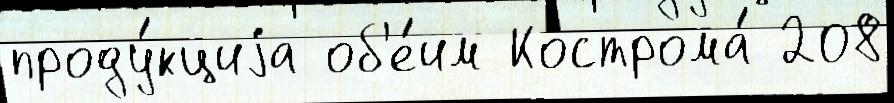
проду́кциjа об'е́им Кострома́ 208